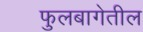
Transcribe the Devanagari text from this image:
फुलबागेतील